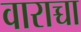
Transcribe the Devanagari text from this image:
वाराच्चा